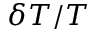
\delta T / T